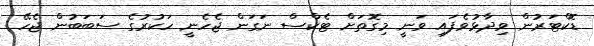
ޑޮކްޓަރުން ވިދާޅުވެފައި ވަނީ މިގޮތަށް ޓެކްސް ނަގަން ޖެހެނީ ހަކުރުގެ ސަބަބުން ޖެހޭ